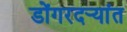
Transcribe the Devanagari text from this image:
डोंगरदर्‍यांत